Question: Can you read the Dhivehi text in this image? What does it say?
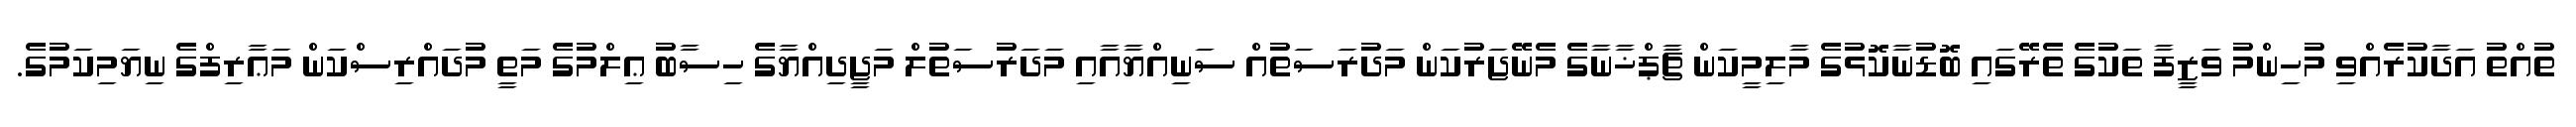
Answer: ތުއްތު އަދާކުރެއްވި މުހިންމު ވަޒީފާ ތަކުގެ ތެރޭގައި ބޮޑުނާކޮޅުގެ މާލިމީކަން ޗާޕްޚާނާގެ މެނޭޖަރުކަން މަދުރަސަތުއް ސަނިއްޔާއާއި މަދަރުސަތުލް މަޖީދިއްޔާގެ ހިސާބު ޢިލްމުގެ މަތީ މުދައްރިސްކަން މަޢާރިފްގެ ނިޔަމިކަމުގެ.